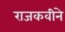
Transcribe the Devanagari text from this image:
राजकवीने